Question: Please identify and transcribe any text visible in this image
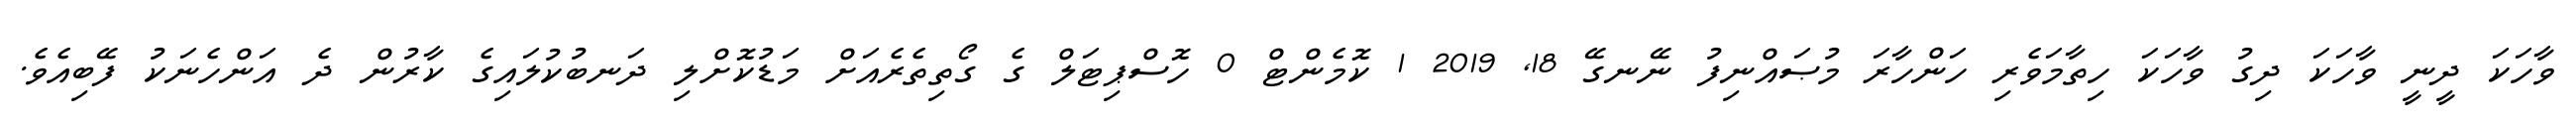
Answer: ވާހަކަ ދީނީ ވާހަކަ ދިގު ވާހަކަ ހިތާމަވެރި ހަންހާރަ މުޞައްނިފު ނޭނގޭ 18, 2019 1 ކޮމެންޓް 0 ހޮސްޕިޓަލް ގެ ގޯތިތެރެއަށް މަޑުކޮށްލި ދަނބުކުލައިގެ ކާރުން ދެ އަންހެނަކު ފޭބިއެވެ.